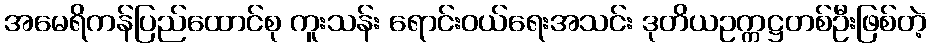
အမေရိကန်ပြည်ထောင်စု ကူးသန်း ရောင်းဝယ်ရေးအသင်း ဒုတိယဥက္ကဋ္ဌတစ်ဦးဖြစ်တဲ့